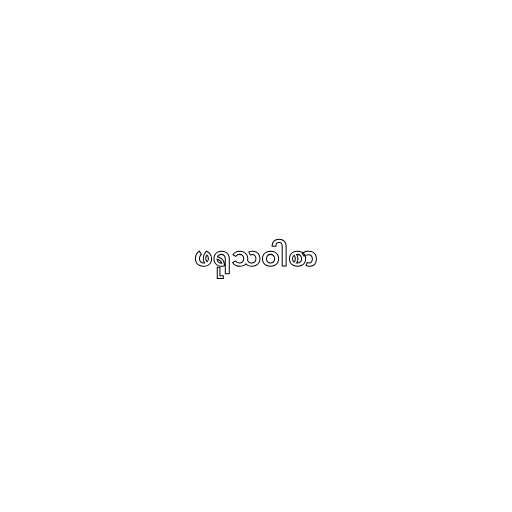
ဖရုသဝါစာ